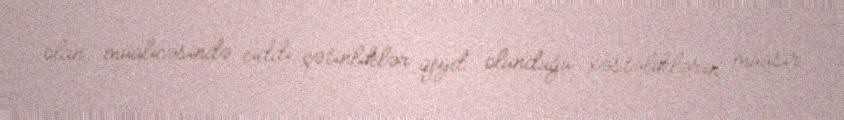
olan, müalicəsində ciddi çətinliklər qeyd olunduğu xəstəliklərin müasir